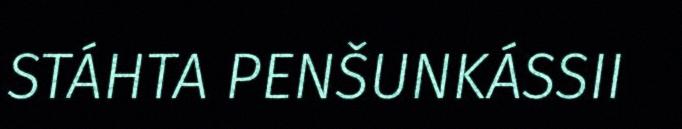
STÁHTA PENŠUNKÁSSII